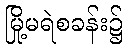
မြို့မရဲစခန်း၌